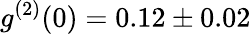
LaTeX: g^{(2)}(0)=0.12\pm 0.02